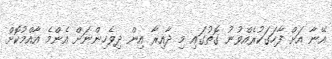
އޭނާ އަށް ފާހަގަކުރެއްވުނު ގޮތުގައި މި ދާއިރާ އިން ދިވެހިންނަށް އެންމެ އާއްމުކޮށް